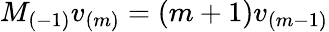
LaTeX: M_{(-1)}v_{(m)}=(m+1)v_{(m-1)}